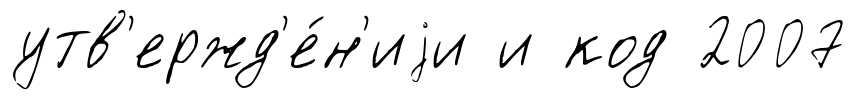
утв'ержд'е́н'иjи и код 2007